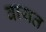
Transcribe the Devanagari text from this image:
वायत